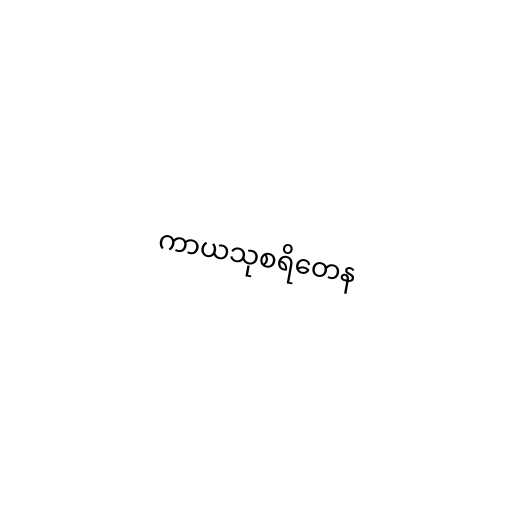
ကာယသုစရိတေန